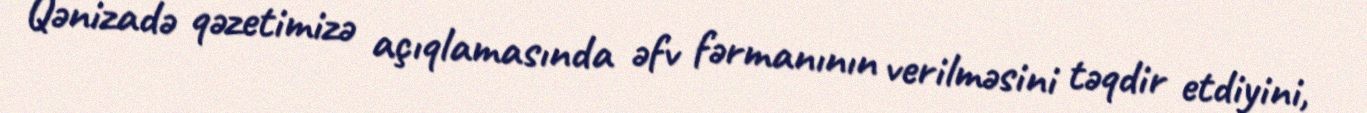
Qənizadə qəzetimizə açıqlamasında əfv fərmanının verilməsini təqdir etdiyini,